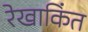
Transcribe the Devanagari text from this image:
रेखाकिंत